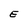
Character: E